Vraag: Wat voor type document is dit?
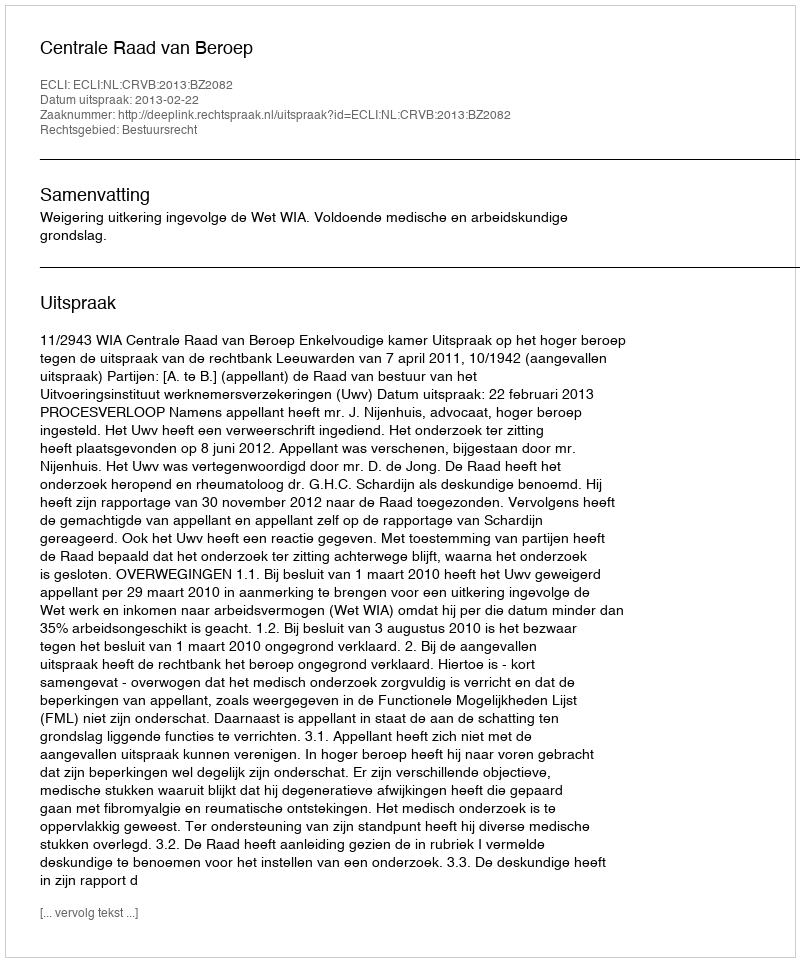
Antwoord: Uitspraak